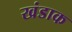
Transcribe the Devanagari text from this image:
खंडाक